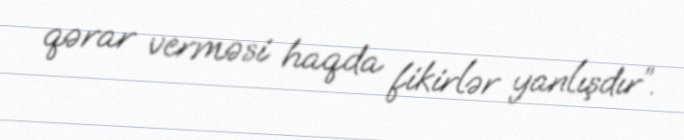
qərar verməsi haqda fikirlər yanlışdır”.